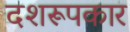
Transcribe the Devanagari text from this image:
दशरूपकार